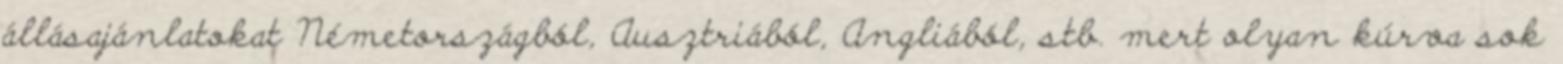
állásajánlatokat Németországból, Ausztriából, Angliából, stb. mert olyan kúrva sok